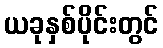
ယခုနှစ်ပိုင်းတွင်